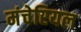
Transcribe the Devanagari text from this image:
मंचेरियल